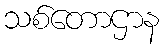
သစ်တောဌာန